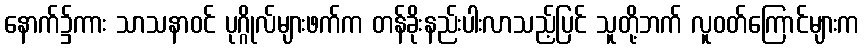
နောက်၌ကား သာသနာဝင် ပုဂ္ဂိုလ်များဖက်က တန်ခိုးနည်းပါးလာသည့်ပြင် သူတို့ဘက် လူဝတ်ကြောင်များက